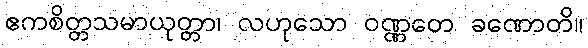
ဧကစိတ္တသမာယုတ္တာ၊ လဟုသော ဝဏ္ဏတေ ခဏောတိ။